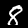
Digit: 8